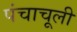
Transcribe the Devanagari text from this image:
पंचाचूली